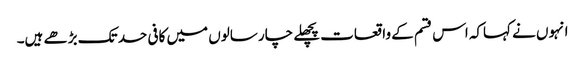
انہوں نے کہاکہ اس قسم کے واقعات پچھلے چار سالوں میں کافی حد تک بڑھے ہیں۔